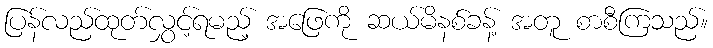
ပြန်လည်ထုတ်လွှင့်ရမည့် အဖြေကို ဆယ်မိနစ်ခန့် အတူ စာစီကြသည်။